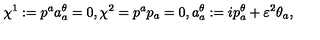
\chi ^ { 1 } : = p ^ { a } a _ { a } ^ { \theta } = 0 , \chi ^ { 2 } = p ^ { a } p _ { a } = 0 , a _ { a } ^ { \theta } : = i p _ { a } ^ { \theta } + \varepsilon ^ { 2 } \theta _ { a } ,